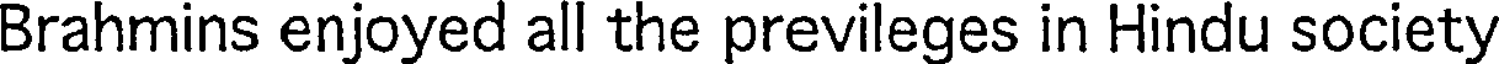
Brahmins enjoyed all the previleges in Hindu society